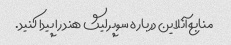
منابع آنلاین درباره سوپر لیگ هند را پیدا کنید.